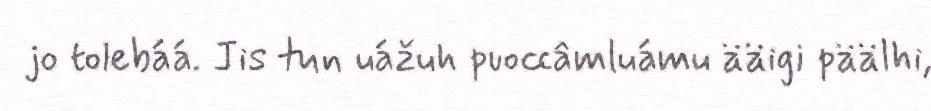
jo tolebáá. Jis tun uážuh puoccâmluámu ääigi päälhi,